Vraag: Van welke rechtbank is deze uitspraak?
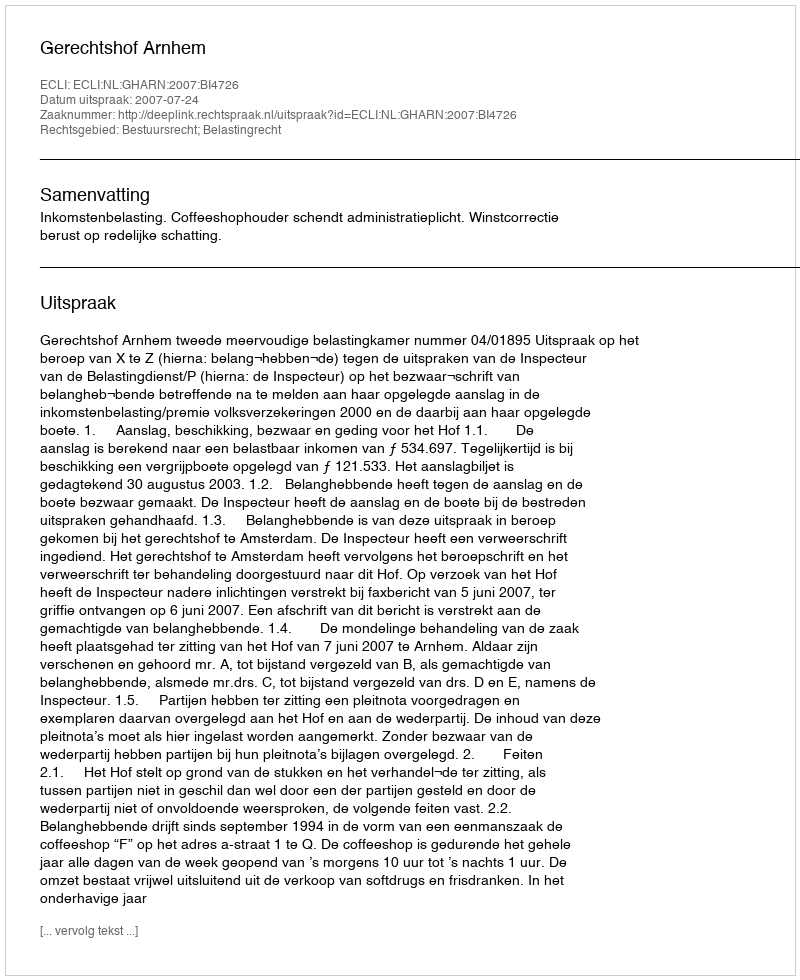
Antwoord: Gerechtshof Arnhem